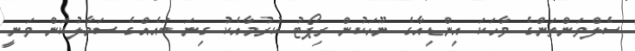
ސެލްވަންތަންގެ ވާހަކަ އިންޑިއާގެ ނޫހަކުން ރިޕޯޓު ކުރުމާއެކު ގިނަ ބައެއްގެ ސަމާލުކަން ވަނީ